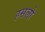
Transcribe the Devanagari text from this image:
हसलो